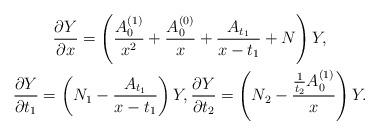
LaTeX: \begin{gather*}\frac{\partial Y}{\partial x}=\left( \frac{A_0^{(1)}}{x^2}+\frac{A_0^{(0)}}{x}+\frac{A_{t_1}}{x-t_1}+N \right)Y ,\\\frac{\partial Y}{\partial t_1}=\left( N_1-\frac{A_{t_1}}{x-t_1} \right)Y ,\frac{\partial Y}{\partial t_2}=\left( N_2-\frac{\frac{1}{t_2}A_0^{(1)}}{x} \right)Y .\end{gather*}